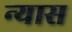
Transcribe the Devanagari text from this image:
न्‍यास